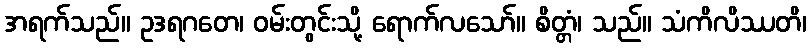
အရက်သည်။ ဥဒရဂတေ၊ ဝမ်းတွင်းသို့ ရောက်လသော်။ စိတ္တံ၊ သည်။ သံကိလိဿတိ၊